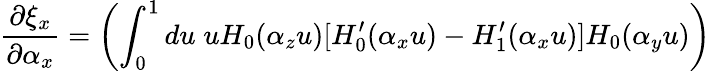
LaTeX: \frac{\partial\xi_{x}}{\partial\alpha_{x}}=\left(\int_{0}^{1}du\; uH_{0}(\alpha_{z}u)[H_{0}^{\prime}(\alpha_{x}u)-H_{1}^{\prime}(\alpha_{x}u)]H_{0}(\alpha_{y}u)\right)